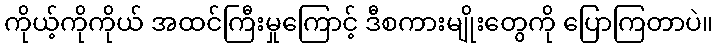
ကိုယ့်ကိုကိုယ် အထင်ကြီးမှုကြောင့် ဒီစကားမျိုးတွေကို ပြောကြတာပဲ။